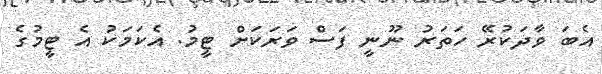
އެބަ ވާދަކުރޭ ހަތަރު ނޫނީ ފަސް ވަރަކަށް ޓީމު. އެކަމަކު އެ ޓީމުގެ